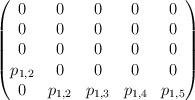
LaTeX: \begin{align*} \begin{pmatrix}0& 0& 0& 0& 0\\ 0& 0& 0& 0& 0\\ 0& 0& 0& 0& 0\\ {p}_{1,2}& 0& 0& 0& 0\\ 0& {p}_{1,2}& {p}_{1,3}& {p}_{1,4}& {p}_{1,5}\\ \end{pmatrix}\end{align*}